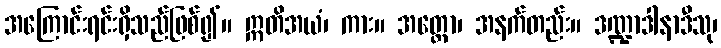
အကြောင်းရင်းရှိသည်ဖြစ်၍။ ဣတိအယံ၊ ကား။ အတ္ထော၊ အနက်တည်း။ ဒဏ္ဍာဒါနာဒီသု၊